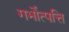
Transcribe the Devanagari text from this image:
गर्भोत्पत्ति